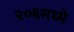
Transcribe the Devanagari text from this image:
२०६मध्ये